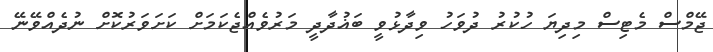
ޖޭމްސް މެޓިސް މިދިޔަ ހުކުރު ދުވަހު ވިދާޅުވީ ބަޣުދާދީ މަރުވެއްޖެކަމަށް ކަށަވަރުކޮށް ނުދެއްވޭނޭ